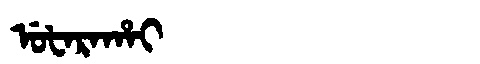
Manchu: ᡠᡶᠠᡵᠠᡥᠠᡳ
Romanization: UFARAHAI